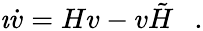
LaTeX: \imath\dot{v}=Hv-v\tilde{H}~~~.